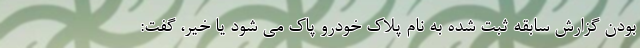
بودن گزارش سابقه ثبت شده به نام پلاک خودرو پاک می شود یا خیر، گفت: